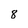
Character: 8